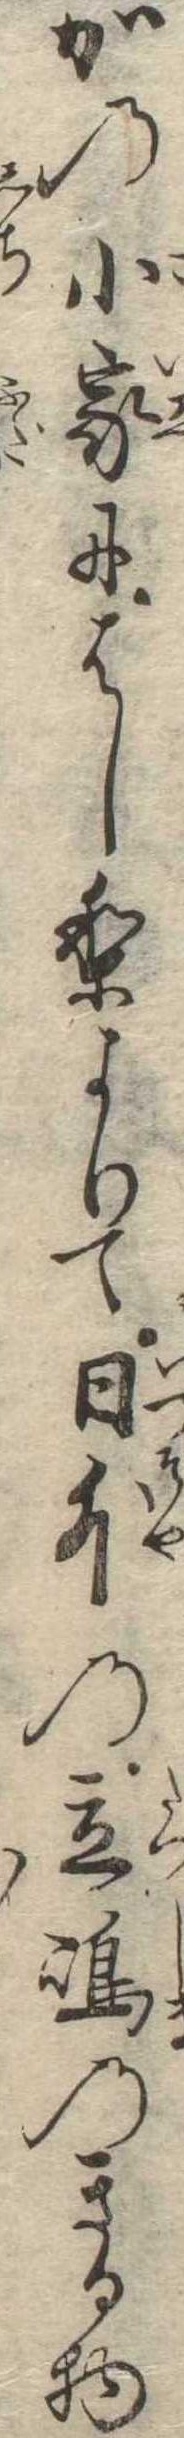
かの小家にはしりよりて日外の立島のきる物